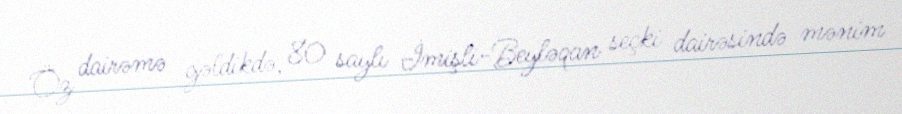
Öz dairəmə gəldikdə, 80 saylı İmişli-Beyləqan seçki dairəsində mənim